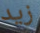
زيد